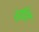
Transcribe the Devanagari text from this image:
स्टुडिटे